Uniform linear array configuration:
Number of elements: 64
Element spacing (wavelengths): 0.25
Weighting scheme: uniform
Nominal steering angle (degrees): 45
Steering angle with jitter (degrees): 45.195
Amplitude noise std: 0.05
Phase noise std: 0.05

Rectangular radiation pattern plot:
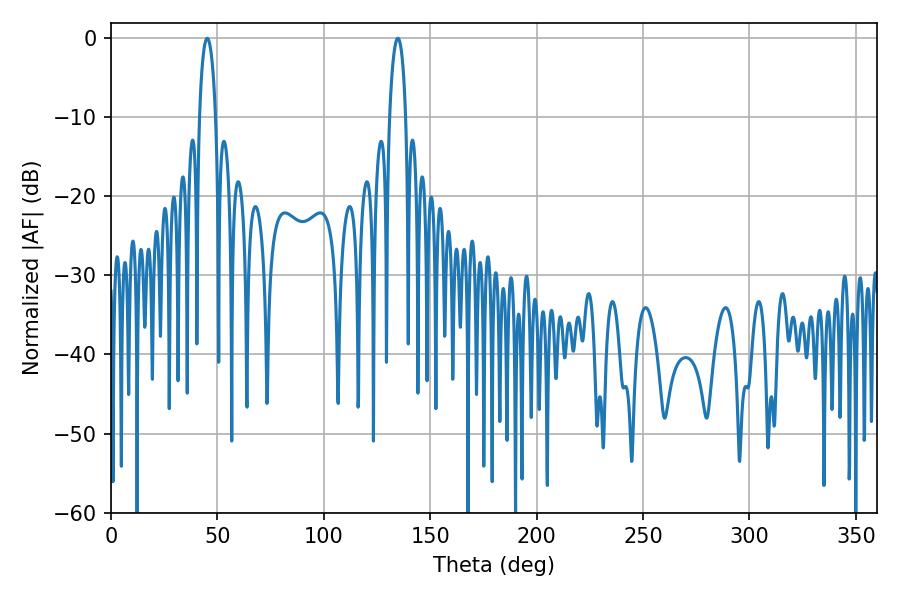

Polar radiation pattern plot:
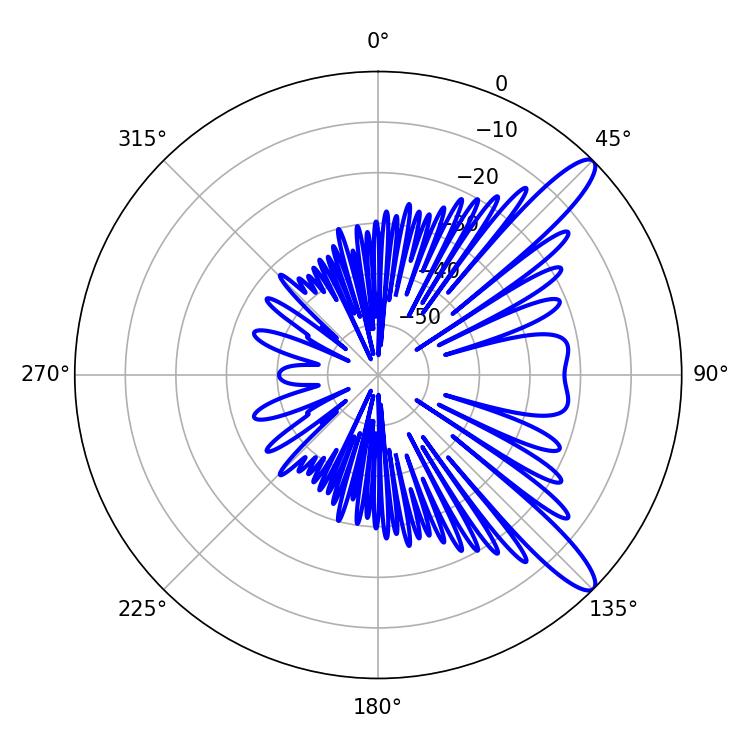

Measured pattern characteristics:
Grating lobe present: FALSE
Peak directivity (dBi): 11.976
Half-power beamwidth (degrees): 4.32
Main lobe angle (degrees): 45.18